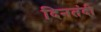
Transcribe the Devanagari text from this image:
दिनतंदी